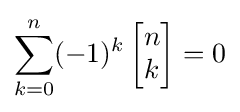
\sum _{k=0}^{n}(-1)^{k}\left[{\begin{matrix}n\\k\end{matrix}}\right]=0